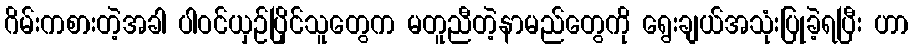
ဂိမ်းကစားတဲ့အခါ ပါဝင်ယှဉ်ပြိုင်သူတွေက မတူညီတဲ့နာမည်တွေကို ရွေးချယ်အသုံးပြုခဲ့ရပြီး ဟာ